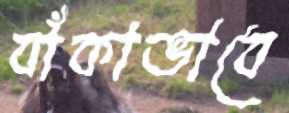
বাঁকাভাবে